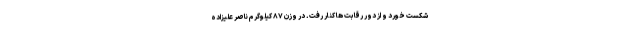
شکست خورد و از دور رقابت ها کنار رفت. در وزن ۸۷ کیلوگرم ناصر علیزاده